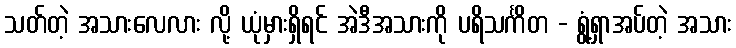
သတ်တဲ့ အသားလေလား လို့ ယုံမှားရှိရင် အဲဒီအသားကို ပရိသင်္ကိတ - ရွံ့ရှာအပ်တဲ့ အသား